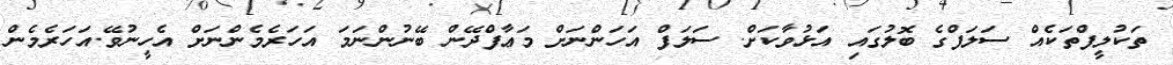
ތަކުލީފްތަކެއް ސަލަފްގެ ބޮލުގައި އަޅުވާކަށް. ސަލަފް އަހަންނަށް މަޢާފްދޭން ބޭނުންނަމަ އަހަރެމެންނަށް އެހީނުވޭ.އަހަރެމެން